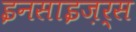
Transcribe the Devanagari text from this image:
इनसाइज़र्स